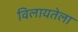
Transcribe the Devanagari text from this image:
विलायतेला